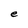
Character: e